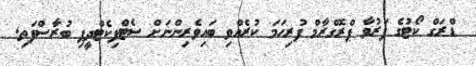
ޑްރަގް ކޯޓުގެ ފަރުވާ ޕްރޮގްރާމް ފުރިހަމަ ކުރެއްވި ބައިވެރިންނަށް ސެޓްފިކެޓްދީފި ބުރާސްފަތި